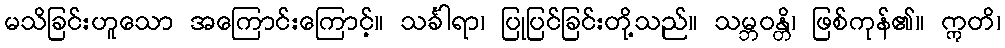
မသိခြင်းဟူသော အကြောင်းကြောင့်။ သင်္ခါရာ၊ ပြုပြင်ခြင်းတို့သည်။ သမ္ဘဝန္တိ၊ ဖြစ်ကုန်၏။ ဣတိ၊